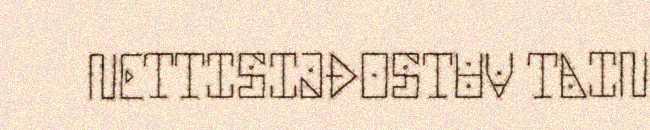
NETTISIJĐOSTUV TAIN